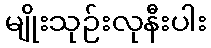
မျိုးသုဉ်းလုနီးပါး